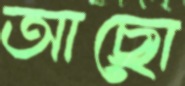
আছো